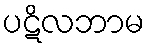
ပဋိလဘာမ